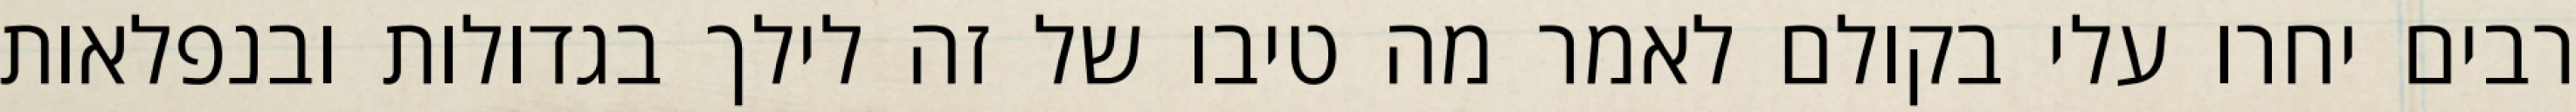
רבים יחרו עלי בקולם לאמר מה טיבו של זה לילך בגדולות ובנפלאות